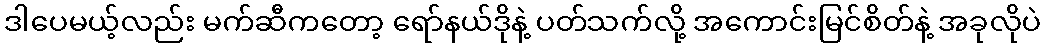
ဒါပေမယ့်လည်း မက်ဆီကတော့ ရော်နယ်ဒိုနဲ့ ပတ်သက်လို့ အကောင်းမြင်စိတ်နဲ့ အခုလိုပဲ